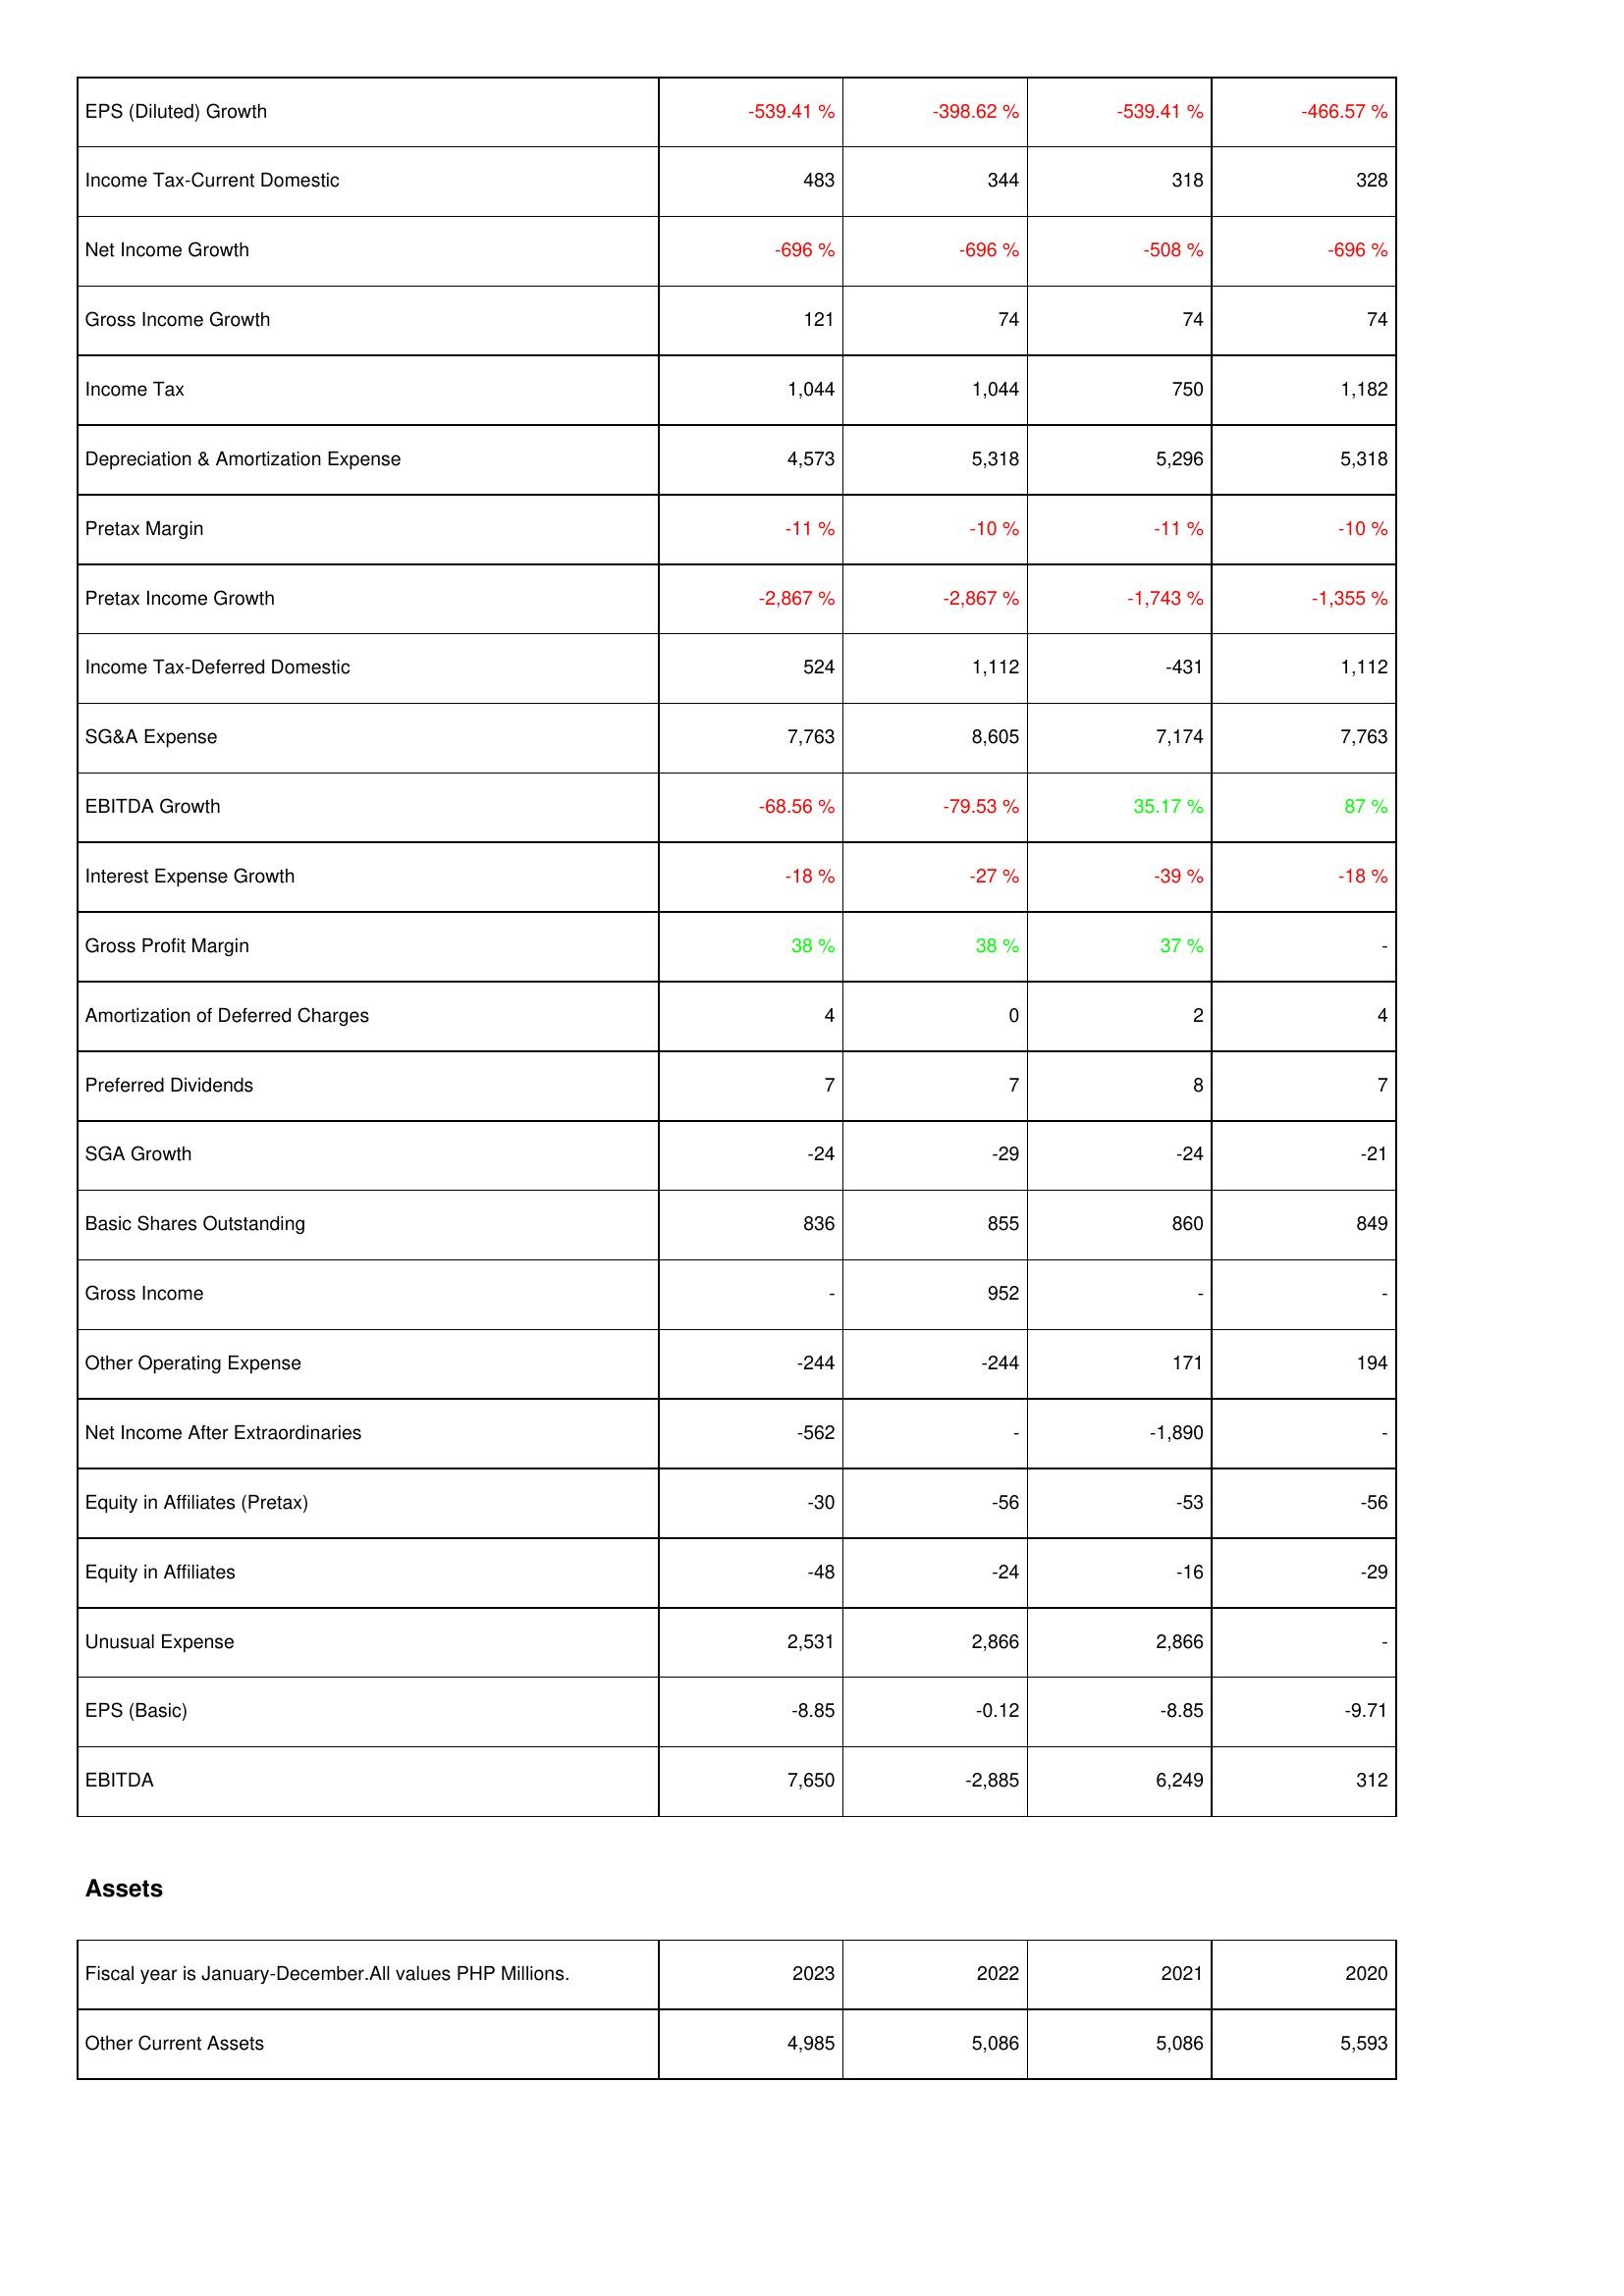
2023: Income Statement: EPS (Diluted) Growth: -539.41 %
Income Tax-Current Domestic: 483
Net Income Growth: -696 %
Gross Income Growth: 121
Income Tax: 1,044
Depreciation & Amortization Expense: 4,573
Pretax Margin: -11 %
Pretax Income Growth: -2,867 %
Income Tax-Deferred Domestic: 524
SG&A Expense: 7,763
EBITDA Growth: -68.56 %
Interest Expense Growth: -18 %
Gross Profit Margin: 38 %
Amortization of Deferred Charges: 4
Preferred Dividends: 7
SGA Growth: -24
Basic Shares Outstanding: 836
Gross Income: -
Other Operating Expense: -244
Net Income After Extraordinaries: -562
Equity in Affiliates (Pretax): -30
Equity in Affiliates: -48
Unusual Expense: 2,531
EPS (Basic): -8.85
EBITDA: 7,650
Assets: Other Current Assets: 4,985
2022: Income Statement: EPS (Diluted) Growth: -398.62 %
Income Tax-Current Domestic: 344
Net Income Growth: -696 %
Gross Income Growth: 74
Income Tax: 1,044
Depreciation & Amortization Expense: 5,318
Pretax Margin: -10 %
Pretax Income Growth: -2,867 %
Income Tax-Deferred Domestic: 1,112
SG&A Expense: 8,605
EBITDA Growth: -79.53 %
Interest Expense Growth: -27 %
Gross Profit Margin: 38 %
Amortization of Deferred Charges: 0
Preferred Dividends: 7
SGA Growth: -29
Basic Shares Outstanding: 855
Gross Income: 952
Other Operating Expense: -244
Net Income After Extraordinaries: -
Equity in Affiliates (Pretax): -56
Equity in Affiliates: -24
Unusual Expense: 2,866
EPS (Basic): -0.12
EBITDA: -2,885
Assets: Other Current Assets: 5,086
2021: Income Statement: EPS (Diluted) Growth: -539.41 %
Income Tax-Current Domestic: 318
Net Income Growth: -508 %
Gross Income Growth: 74
Income Tax: 750
Depreciation & Amortization Expense: 5,296
Pretax Margin: -11 %
Pretax Income Growth: -1,743 %
Income Tax-Deferred Domestic: -431
SG&A Expense: 7,174
EBITDA Growth: 35.17 %
Interest Expense Growth: -39 %
Gross Profit Margin: 37 %
Amortization of Deferred Charges: 2
Preferred Dividends: 8
SGA Growth: -24
Basic Shares Outstanding: 860
Gross Income: -
Other Operating Expense: 171
Net Income After Extraordinaries: -1,890
Equity in Affiliates (Pretax): -53
Equity in Affiliates: -16
Unusual Expense: 2,866
EPS (Basic): -8.85
EBITDA: 6,249
Assets: Other Current Assets: 5,086
2020: Income Statement: EPS (Diluted) Growth: -466.57 %
Income Tax-Current Domestic: 328
Net Income Growth: -696 %
Gross Income Growth: 74
Income Tax: 1,182
Depreciation & Amortization Expense: 5,318
Pretax Margin: -10 %
Pretax Income Growth: -1,355 %
Income Tax-Deferred Domestic: 1,112
SG&A Expense: 7,763
EBITDA Growth: 87 %
Interest Expense Growth: -18 %
Gross Profit Margin: -
Amortization of Deferred Charges: 4
Preferred Dividends: 7
SGA Growth: -21
Basic Shares Outstanding: 849
Gross Income: -
Other Operating Expense: 194
Net Income After Extraordinaries: -
Equity in Affiliates (Pretax): -56
Equity in Affiliates: -29
Unusual Expense: -
EPS (Basic): -9.71
EBITDA: 312
Assets: Other Current Assets: 5,593